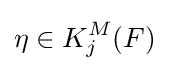
\eta \in K_{j}^{M}(F)